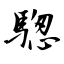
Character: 騘